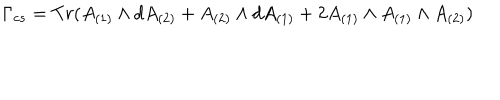
\Gamma _ { c s } = T r ( A _ { ( 1 ) } \wedge d A _ { ( 2 ) } + A _ { ( 2 ) } \wedge d A _ { ( 1 ) } + 2 A _ { ( 1 ) } \wedge A _ { ( 1 ) } \wedge A _ { ( 2 ) } )